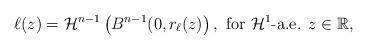
LaTeX: \begin{align*}\ell(z) = \mathcal{H}^{n-1} \left( B^{n-1} (0 , r_{\ell} (z) \right), \mbox{ for } \mathcal{H}^{1} \mbox{-a.e. } z \in \mathbb{R},\end{align*}